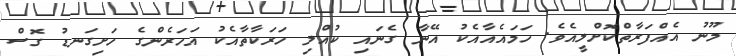
މޫނު އެއްފަރާތްކޮށްލީއެވެ. ހަމައެއާއެކު އޭނާ ގެނައި ކުއްލި ހަރަކާތާއެކު އަހަރެންގެ ހަށިގަނޑު ގޮސް